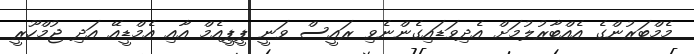
މެމްބަރުންގެ އެއްބާރުލުމަށް އެދިވަޑައިގެންނެވި ރައީސް ވަނީ ޕީޕީއެމް އާއި އެމްޑީއޭ އަދި ޖުމްހޫރީ